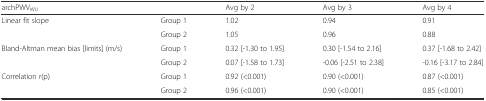
| archPWVWU |  | Avg by 2 | Avg by 3 | Avg by 4 |
 | --- | --- | --- | --- | --- |
 | <ROWSPAN=2> Linear fit slope | Group 1 | 1.02 | 0.94 | 0.91 |
 | Group 2 | 1.05 | 0.96 | 0.88 |
 | <ROWSPAN=2> Bland-Altman mean bias [limits] (m/s) | Group 1 | 0.32 [-1.30 to 1.95] | 0.30 [-1.54 to 2.16] | 0.37 [-1.68 to 2.42] |
 | Group 2 | 0.07 [-1.58 to 1.73] | -0.06 [-2.51 to 2.38] | -0.16 [-3.17 to 2.84] |
 | <ROWSPAN=2> Correlation r(p) | Group 1 | 0.92 (<0.001) | 0.90 (<0.001) | 0.87 (<0.001) |
 | Group 2 | 0.96 (<0.001) | 0.90 (<0.001) | 0.85 (<0.001) |